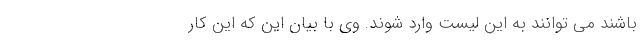
باشند می توانند به این لیست وارد شوند. وی با بیان این که این کار